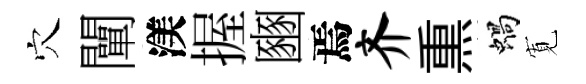
穴闡渼握豳焉齐𤋱蝸𡩖